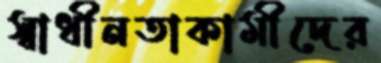
স্বাধীনতাকামীদের